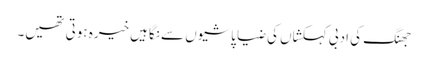
جھنگ کی ادبی کہکشاں کی ضیا پاشیوں سے نگاہیں خیرہ ہوتی تھیں۔